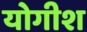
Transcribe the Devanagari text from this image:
योगीश